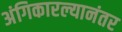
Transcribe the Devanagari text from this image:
अंगिकारल्यानंतर